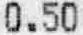
0.50